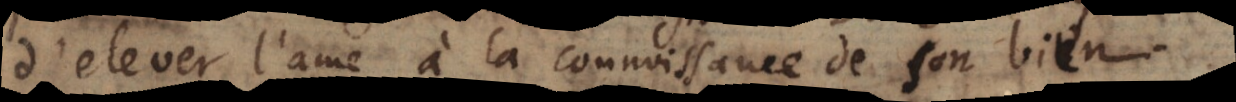
d’elever l’ame à la connoissance de son bien.